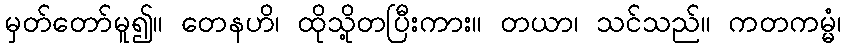
မှတ်တော်မူ၍။ တေနဟိ၊ ထိုသို့တပြီးကား။ တယာ၊ သင်သည်။ ကတကမ္မံ၊